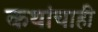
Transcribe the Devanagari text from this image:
कथांचाही